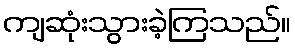
ကျဆုံးသွားခဲ့ကြသည်။